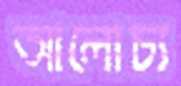
আলোচ্য